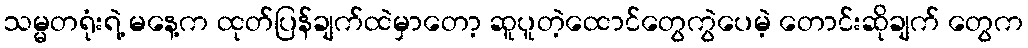
သမ္မတရုံးရဲ့ မနေ့က ထုတ်ပြန်ချက်ထဲမှာတော့ ဆူပူတဲ့ထောင်တွေကွဲပေမဲ့ တောင်းဆိုချက် တွေက